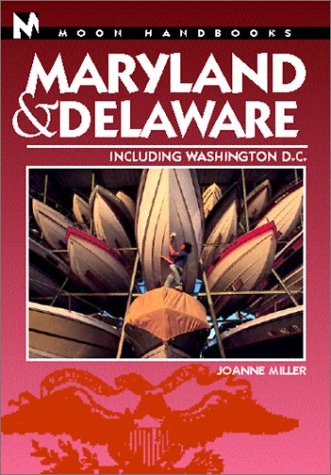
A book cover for Moon Handbooks Maryland & Delaware: Including Washington, D.C. (Moon Handbook Series); Joanne Miller; Travel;